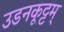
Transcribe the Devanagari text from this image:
उडनकूट्टम्